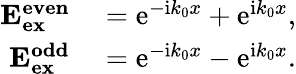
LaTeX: \begin{array}{rl}{\mathbf{E_{ex}^{even}}}&{{}=\mathrm{e}^{-\mathrm{i}k_{0}x}+\mathrm{e}^{\mathrm{i}k_{0}x},}\\ {\mathbf{E_{ex}^{odd}}}&{{}=\mathrm{e}^{-\mathrm{i}k_{0}x}-\mathrm{e}^{\mathrm{i}k_{0}x}.}\end{array}